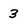
Character: 3